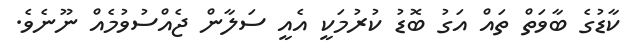
ކާޑުގެ ބާވަތް ތައް އަގު ބޮޑު ކުރުމަކީ އެއީ ސަލާން ޖެއްސުވުމެއް ނޫނެވެ.